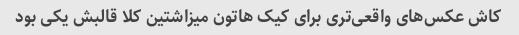
کاش عکس‌های واقعی‌تری برای کیک هاتون میزاشتین کلا قالبش یکی بود